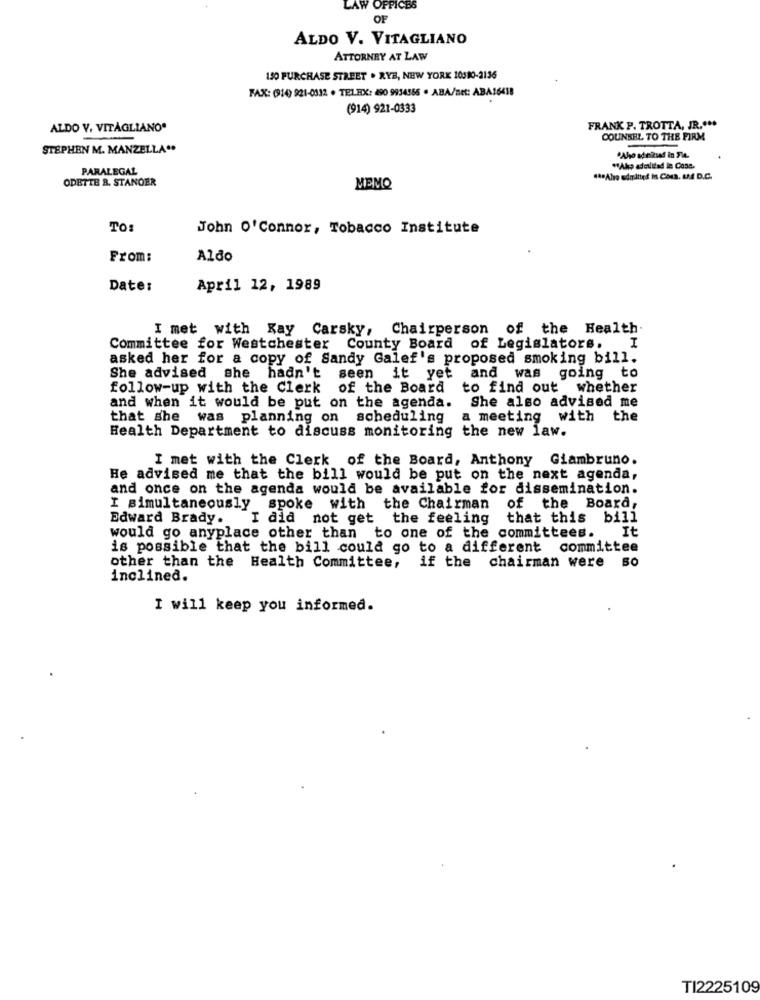
LAW OFFICES
OF
ALDO V. VITAGLIANO
ATTORNEY AT LAW
150 PURCHASE STREET . RYB, NEW YORK 10510-2136
FAX: (914) 921-0332 . TELEX: 490 9954565 . ABA/net: ABA16458
(914) 921-0333
ALDO V. VITAGLIANO"
FRANK P. TROTTA, JR .***
COUNSEL TO THE FIRM
STEPHEN M. MANZELLA **
Aho adiniud in Fie.
PARALEGAL
"Akp adetlifad iz Cosa.
ODETTE R. STANOER
MEMO
TO
John O'Connor, Tobacco Institute
From:
Aldo
Date:
April 12, 1989
I met with Kay Carsky, Chairperson of the Health.
Committee for Westchester County Board of Legislators.
I
asked her for a copy of Sandy Galef's proposed smoking bill.
She advised she hadn't seen it yet and was going to
follow-up with the Clerk of the Board
to find out whether
and when it would be put on the agenda.
She also advised me
that she was planning on scheduling
a meeting with
the
Health Department to discuss monitoring the new law.
I met with the Clerk of the Board, Anthony Giambruno.
He advised me that the bill would be put on the next agenda,
and once on the agenda would be available for dissemination.
I simultaneously spoke with the Chairman
of the Board,
Edward Brady.
I did not get the feeling
that this bill
It
would go anyplace other than to one of the committees.
is possible that the bill could go to a different committee
other than the Health Committee,
if the chairman were so
inclined.
I will keep you informed.
TI2225109